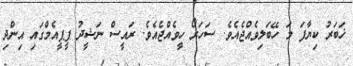
ޚަބަރު ކިޔާފަ މަ ހޭބަލިވެއްޖެއެވެ. ސަހަރޯ ހީވެއްޖެއެވެ. ރައީސް ނަޝީދު ޕީޕީއެމްގައި އިންދި